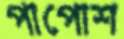
পাপোশ